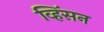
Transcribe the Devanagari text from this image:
व्हिंसन